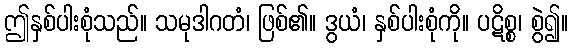
ဤနှစ်ပါးစုံသည်။ သမုဒါဂတံ၊ ဖြစ်၏။ ဒွယံ၊ နှစ်ပါးစုံကို။ ပဋိစ္စ၊ စွဲ၍။